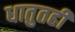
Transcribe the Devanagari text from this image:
धातुतही